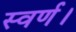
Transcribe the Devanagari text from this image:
स्वर्ण।